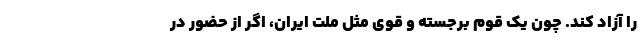
را آزاد کند. چون یک قوم برجسته و قوی مثل ملت ایران، اگر از حضور در